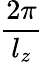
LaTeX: \frac{2\pi}{l_{z}}